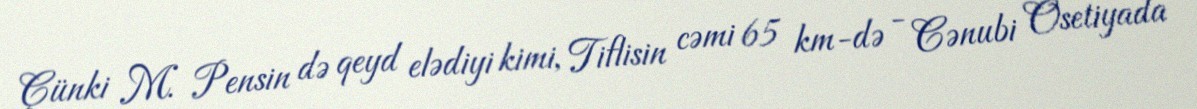
Çünki M. Pensin də qeyd elədiyi kimi, Tiflisin cəmi 65 km-də - Cənubi Osetiyada